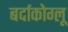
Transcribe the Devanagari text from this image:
बर्दाकोग्लू